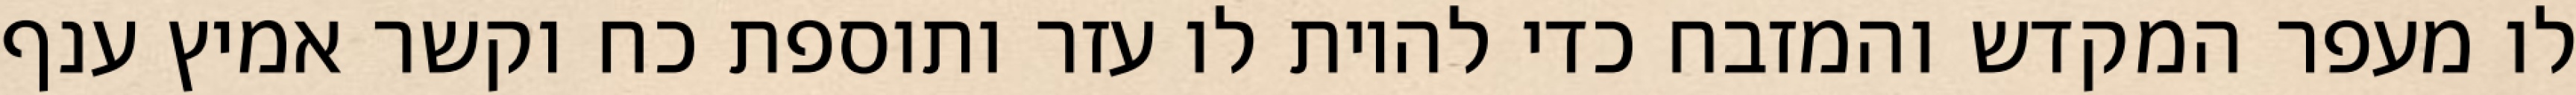
לו מעפר המקדש והמזבח כדי להיות לו עזר ותוספת כח וקשר אמיץ ענף